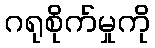
ဂရုစိုက်မှုကို